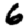
Digit: 6